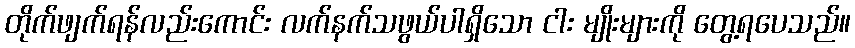
တိုက်ဖျက်ရန်လည်းကောင်း လက်နက်သဖွယ်ပါရှိသော ငါး မျိုးများကို တွေ့ရပေသည်။